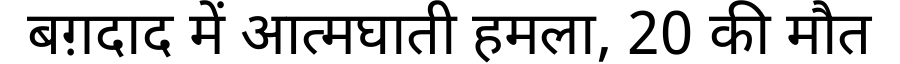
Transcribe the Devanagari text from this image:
बग़दाद में आत्मघाती हमला, 20 की मौत